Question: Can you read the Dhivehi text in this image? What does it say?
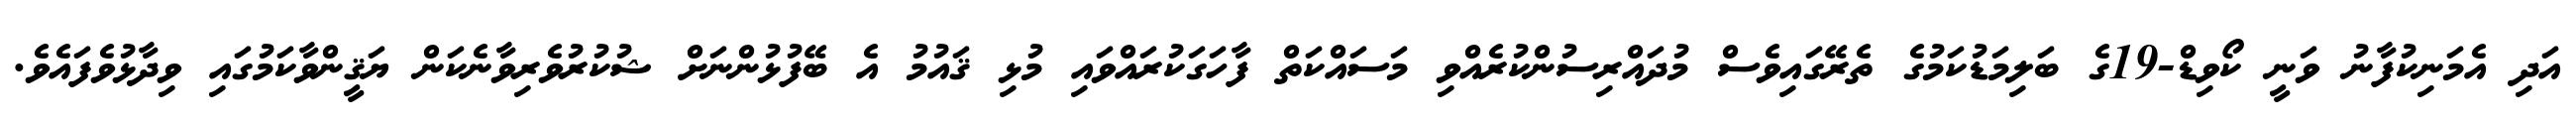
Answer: އަދި އެމަނިކުފާނު ވަނީ ކޯވިޑް-19ގެ ބަލިމަޑުކަމުގެ ތެރޭގައިވެސް މުދައްރިސުންކުރެއްވި މަސައްކަތް ފާހަގަކުރައްވައި މުޅި ޤައުމު އެ ބޭފުޅުންނަށް ޝުކުރުވެރިވާނެކަން ޔަޤީންވާކަމުގައި ވިދާޅުވެފައެވެ.